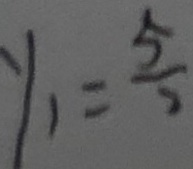
y _ { 1 } = \frac { 5 } { 2 }